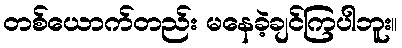
တစ်ယောက်တည်း မနေခဲ့ချင်ကြပါဘူး။